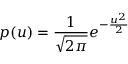
p ( u ) = { \frac { 1 } { \sqrt { 2 \pi } } } e ^ { - { \frac { u ^ { 2 } } { 2 } } }